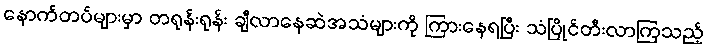
နောက်တပ်များမှာ တရုန်းရုန်း ချီလာနေဆဲအသံများကို ကြားနေရပြီး သံပြိုင်တီးလာကြသည့်